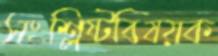
সংশ্লিষ্টবিষয়ক